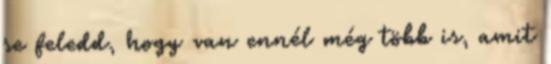
se feledd, hogy van ennél még több is, amit